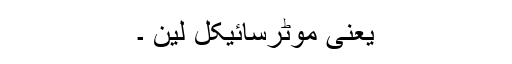
یعنی موٹرسائیکل لین ۔